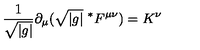
\frac { 1 } { \sqrt { | g | } } \partial _ { \mu } ( \sqrt { | g | } \ ^ { * } F ^ { \mu \nu } ) = K ^ { \nu }